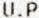
U.P